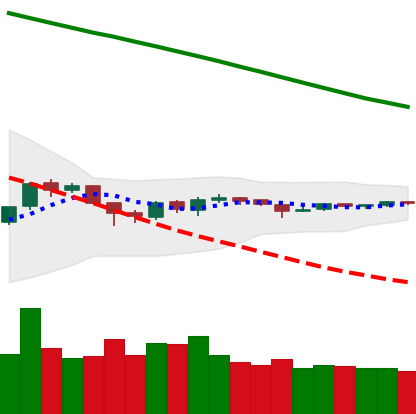
Ticker: ETH-USD
Chart end date: 2018-10-09
Forward return: -14.153%
Label: down_7plus